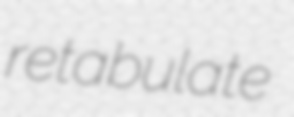
retabulate